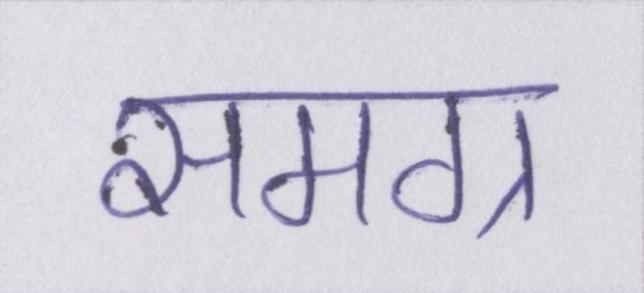
समग्र